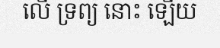
លើ ទ្រព្យ នោះ ឡើយ